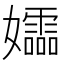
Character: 𫲚